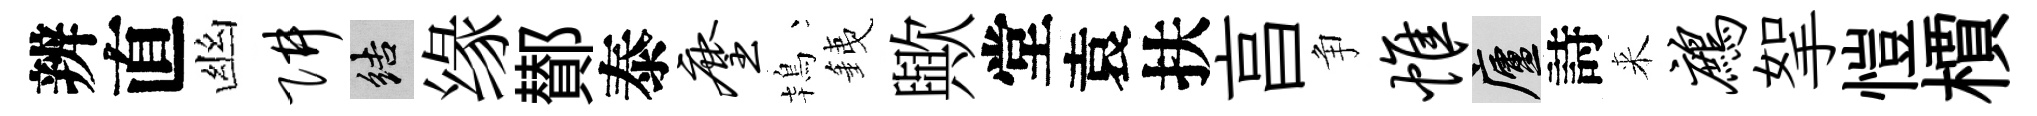
辨直幽阱結缘鄼泰麈鴇銕歟堂袁扶亯争帷廬詩来鹧挐愷檟